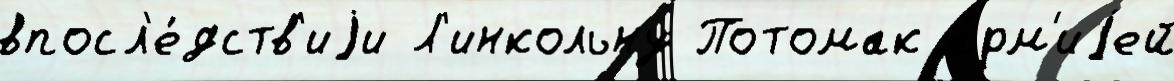
впосл'е́дств'иjи Л'инкольну Потомак а́рм'иjей